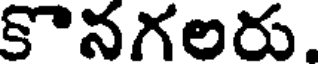
కొనగలరు.